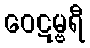
ဝေဋမ္ဗရီ